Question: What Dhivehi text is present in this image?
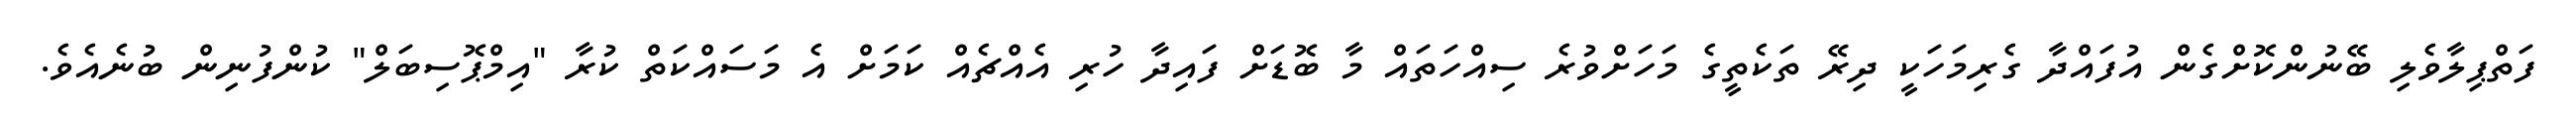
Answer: ފަތްޕިލާވެލި ބޭނުންކޮށްގެން އުފައްދާ ގެރިމަހަކީ ދިރޭ ތަކެތީގެ މަހަށްވުރެ ސިއްހަތައް މާ ބޮޑަށް ފައިދާ ހުރި އެއްޗެއް ކަމަށް އެ މަސައްކަތް ކުރާ "އިމްޕޮސިބަލް" ކުންފުނިން ބުނެއެވެ.